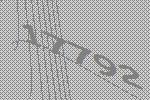
17792